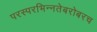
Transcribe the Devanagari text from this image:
परस्‍परभिन्‍नतेबरोबरच